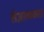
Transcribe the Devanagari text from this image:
संज्ञात्मकता